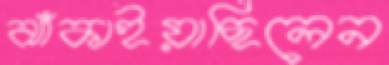
ঝাঁকাইয়াছিলেন